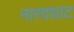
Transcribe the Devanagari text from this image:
नारदघाट